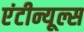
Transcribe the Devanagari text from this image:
एंटीन्यूल्स